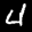
Label: 4